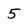
Character: 5